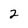
Character: 2